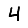
Digit: 4